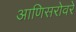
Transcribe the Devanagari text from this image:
आणिसरोवरे